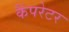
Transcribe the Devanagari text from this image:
कैंपरेटर